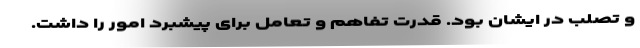
و تصلّب در ایشان بود. قدرت تفاهم و تعامل برای پیشبرد امور را داشت.